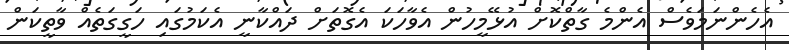
އެހެންނަމަވެސް އެންމެ ގާތްކޮށް އުޅޭމީހުން އެވާހަކަ އެގޮތަށް ދައްކާނީ އެކަމުގައި ހަގީގަތެއް ވާތީކަން